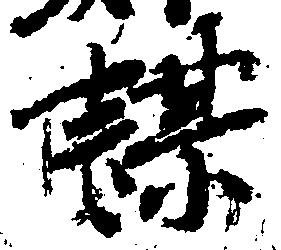
謀